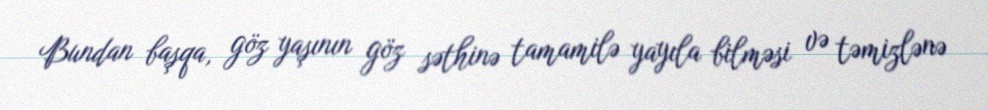
Bundan başqa, göz yaşının göz səthinə tamamilə yayıla bilməsi və təmizlənə